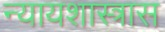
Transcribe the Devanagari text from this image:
न्यायशास्त्रास